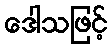
ဒေါသဖြင့်